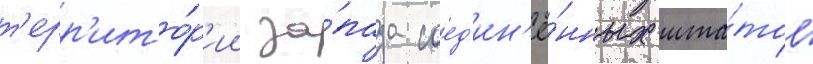
т'ерр'ито́р'ии за́пада соед'ин'ё́нных шта́тов